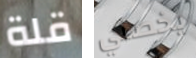
قلة يخصني